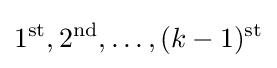
1^{\text{st}},2^{\text{nd}},\ldots ,(k-1)^{\text{st}}